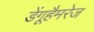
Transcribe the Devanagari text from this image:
डेंगूहैमरेज